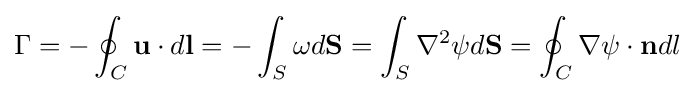
\Gamma =-\oint _{C}\mathbf {u} \cdot d\mathbf {l} =-\int _{S}\omega d\mathbf {S} =\int _{S}\nabla ^{2}\psi d\mathbf {S} =\oint _{C}\nabla \psi \cdot \mathbf {n} dl